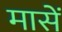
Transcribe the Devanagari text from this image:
मासें